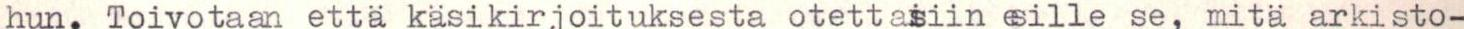
hun. Toivotaan että käsikirjoituksesta otettaisiin esille se, mitä arkisto-